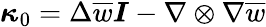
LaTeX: \boldsymbol{{\kappa}}_{0}=\Delta\overline{{w}}\boldsymbol{{I}}-\nabla\otimes\nabla\overline{{w}}